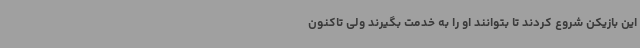
این بازیکن شروع کردند تا بتوانند او را به خدمت بگیرند ولی تاکنون